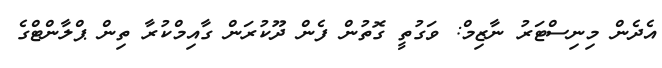
އެދެން މިނިސްޓަރު ނާޒިމް: ވަގުތީ ގޮތުން ފެން ދޫކުރަން ގާއިމްކުރާ ތިން ޕްލާންޓްގެ